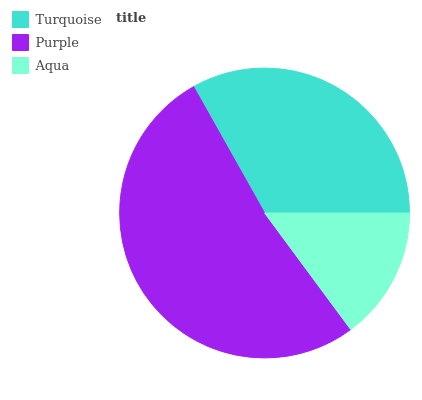
| Turquoise | Purple | Aqua |
 | --- | --- | --- |
 | 33.1% | 52% | 14.9% |